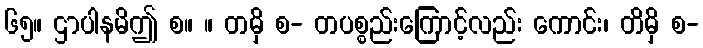
၆၅။ ဌာပါနမိဤ စ။ ။ တမှိ စ- တပစ္စည်းကြောင့်လည်း ကောင်း၊ တိမှိ စ-